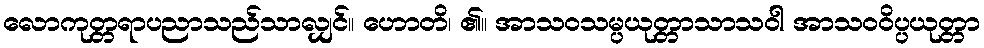
လောကုတ္တရာပညာသည်သာလျှင်။ ဟောတိ၊ ၏။ အာသဝသမ္ပယုတ္တာသာသဝါ အာသဝဝိပ္ပယုတ္တာ